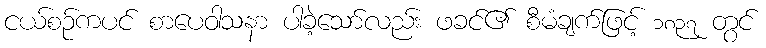
ငယ်စဉ်ကပင် စာပေဝါသနာ ပါခဲ့သော်လည်း ဖခင်၏ စီမံချက်ဖြင့် ၁၈၃၇ တွင်